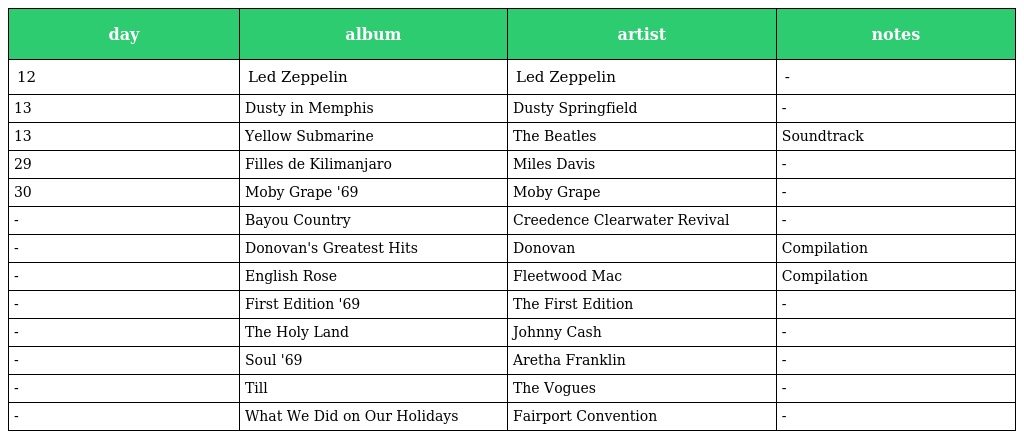
| day | album | artist | notes |
 | --- | --- | --- | --- |
 | 12 | Led Zeppelin | Led Zeppelin | - |
 | 13 | Dusty in Memphis | Dusty Springfield | - |
 | 13 | Yellow Submarine | The Beatles | Soundtrack |
 | 29 | Filles de Kilimanjaro | Miles Davis | - |
 | 30 | Moby Grape '69 | Moby Grape | - |
 | - | Bayou Country | Creedence Clearwater Revival | - |
 | - | Donovan's Greatest Hits | Donovan | Compilation |
 | - | English Rose | Fleetwood Mac | Compilation |
 | - | First Edition '69 | The First Edition | - |
 | - | The Holy Land | Johnny Cash | - |
 | - | Soul '69 | Aretha Franklin | - |
 | - | Till | The Vogues | - |
 | - | What We Did on Our Holidays | Fairport Convention | - |